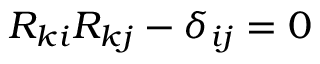
R _ { k i } R _ { k j } - \delta _ { i j } = 0